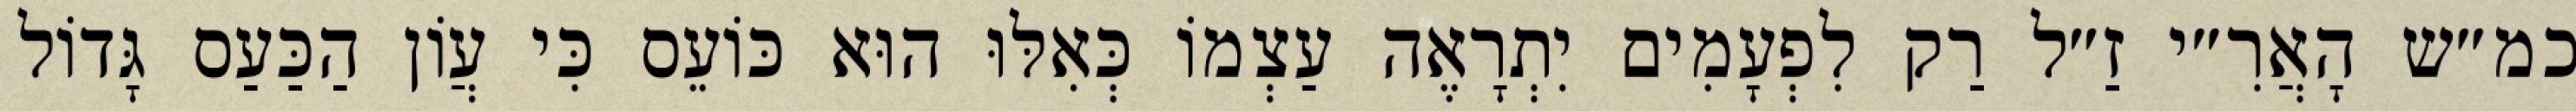
כמ״ש הָאֲרִ״י זַ״ל רַק לִפְעָמִים יִתְרָאֶה עַצְמוֹ כְּאִלּוּ הוּא כּוֹעֵס כִּי עֲוֹן הַכַּעַס גָּדוֹל